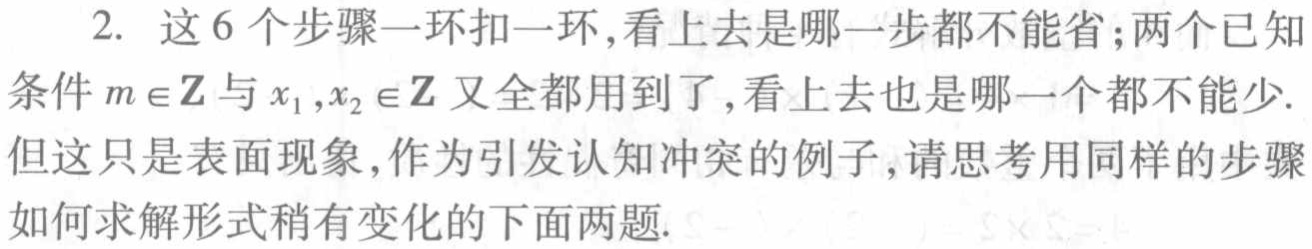
2. 这6个步骤一环扣一环,看上去是哪一步都不能省;两个已知条件\(m\in\mathbb{Z}\)与\(x_1,x_2\in\mathbb{Z}\)又全都用到了,看上去也是哪一个都不能少. 但这只是表面现象,作为引发认知冲突的例子,请思考用同样的步骤如何求解形式稍有变化的下面两题.